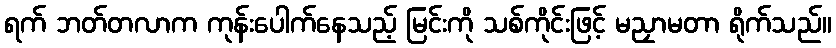
ရက် ဘတ်တလာက ကုန်းပေါက်နေသည့် မြင်းကို သစ်ကိုင်းဖြင့် မညှာမတာ ရိုက်သည်။